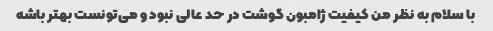
با سلام به نظر من کیفیت ژامبون گوشت در حد عالی نبود و می‌تونست بهتر باشه